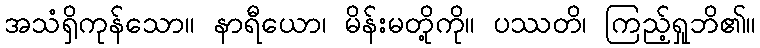
အသံရှိကုန်သော။ နာရီယော၊ မိန်းမတို့ကို။ ပဿတိ၊ ကြည့်ရှုဘိ၏။